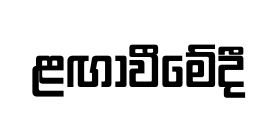
ළඟාවීමේදී